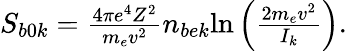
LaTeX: \begin{array}{r}{S_{b0k}=\frac{4\pi e^{4}Z^{2}}{m_{e}v^{2}}n_{bek}\mathrm{ln}\left(\frac{2m_{e}v^{2}}{I_{k}}\right).}\end{array}